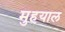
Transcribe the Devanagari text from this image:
मुहयाल